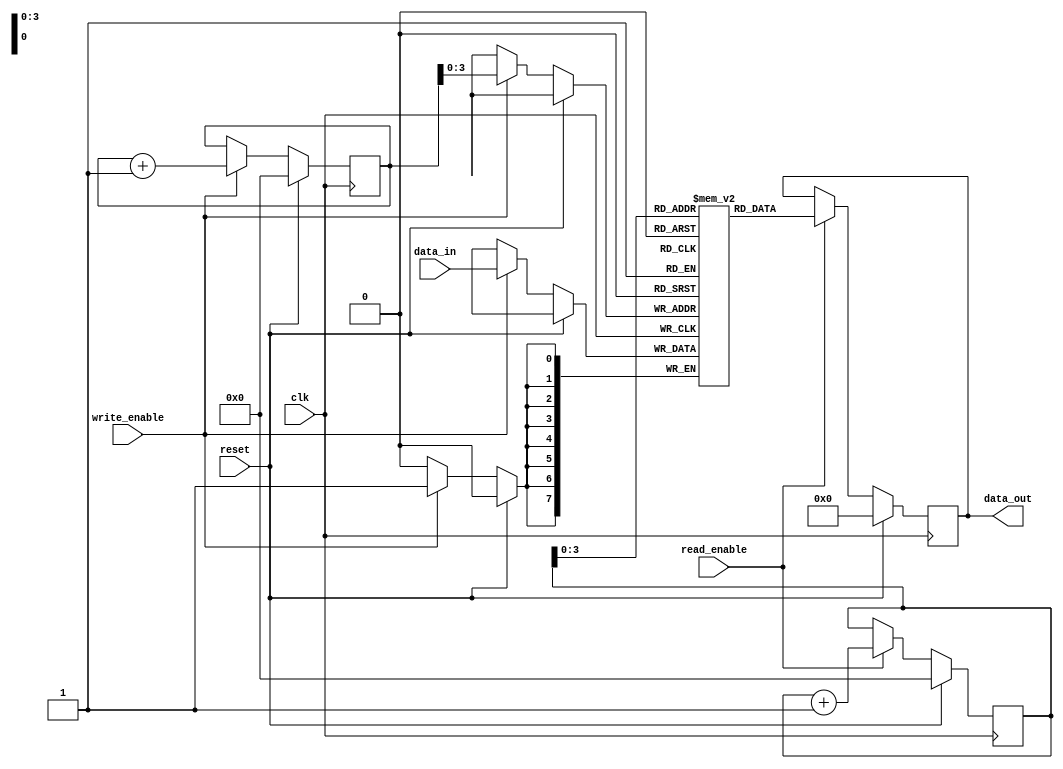
module synchronous_fifo (
    input wire clk,
    input wire reset,
    input wire write_enable,
    input wire read_enable,
    input wire [DATA_WIDTH-1:0] data_in,
    output reg [DATA_WIDTH-1:0] data_out
);

parameter DATA_WIDTH = 8;
parameter DEPTH = 16;

reg [DATA_WIDTH-1:0] memory_array [0:DEPTH-1];
reg [DEPTH-1:0] write_pointer = 0;
reg [DEPTH-1:0] read_pointer = 0;

always @(posedge clk) begin
    if (reset) begin
        write_pointer <= 0;
        read_pointer <= 0;
        data_out <= 0;
    end else begin
        if (write_enable) begin
            memory_array[write_pointer] <= data_in;
            write_pointer <= write_pointer + 1;
        end
        
        if (read_enable) begin
            data_out <= memory_array[read_pointer];
            read_pointer <= read_pointer + 1;
        end
    end
end

endmodule